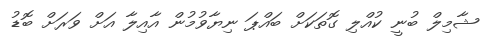
ޝާމިލް ބުނީ ކުއްލި ގޮތަކަށް ބައްޕަ ނިޔާވުމުން އާއިލާ އަށް ވަރަަށް ބޮޑު